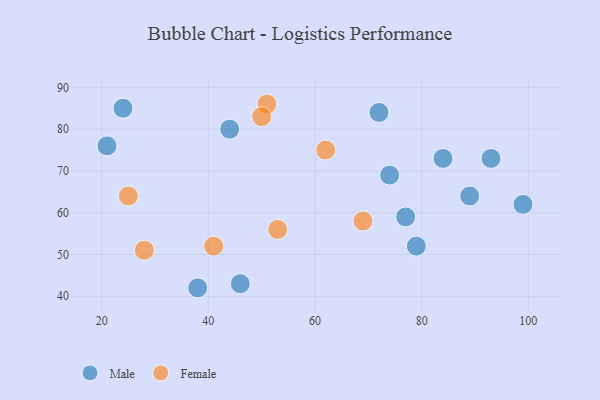
{"axis": {"x": "GDP", "y": "Life Expectancy"}, "legend": ["Female", "Male"], "data": [{"x": "79", "y": 52, "type": "Male"}, {"x": "24", "y": 85, "type": "Male"}, {"x": "72", "y": 84, "type": "Male"}, {"x": "93", "y": 73, "type": "Male"}, {"x": "77", "y": 59, "type": "Male"}, {"x": "38", "y": 42, "type": "Male"}, {"x": "46", "y": 43, "type": "Male"}, {"x": "74", "y": 69, "type": "Male"}, {"x": "89", "y": 64, "type": "Male"}, {"x": "44", "y": 80, "type": "Male"}, {"x": "99", "y": 62, "type": "Male"}, {"x": "84", "y": 73, "type": "Male"}, {"x": "21", "y": 76, "type": "Male"}, {"x": "51", "y": 86, "type": "Female"}, {"x": "25", "y": 64, "type": "Female"}, {"x": "28", "y": 51, "type": "Female"}, {"x": "62", "y": 75, "type": "Female"}, {"x": "41", "y": 52, "type": "Female"}, {"x": "50", "y": 83, "type": "Female"}, {"x": "53", "y": 56, "type": "Female"}, {"x": "69", "y": 58, "type": "Female"}]}